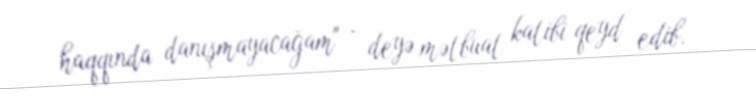
haqqında danışmayacağam" - deyə mətbuat katibi qeyd edib.